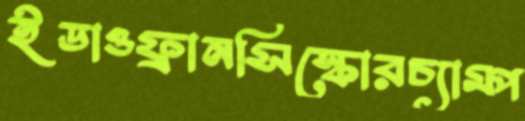
ইডাওফ্রানসিস্কোরচ্যাম্প